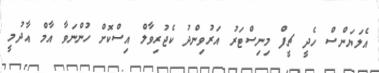
އެލަޔަންސް ހެދީ ޗީފް މިނިސްޓަރު އަރުވިންދު ކެޖުރިވާލް އިސްކޮށް ހުންނަވާ އާމް އާދުމީ